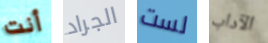
أنت الجراد لست الآداب